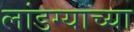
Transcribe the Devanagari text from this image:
लांडग्याच्या